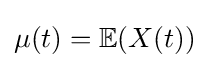
\mu (t)=\mathbb {E} (X(t))